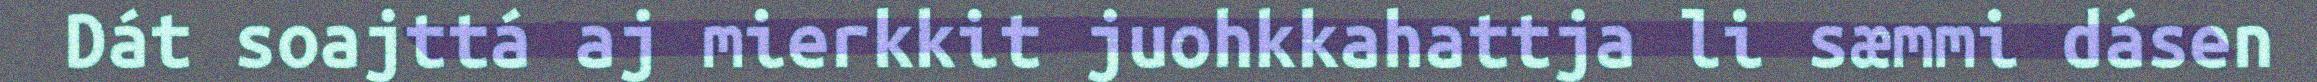
Dát soajttá aj mierkkit juohkkahattja li sæmmi dásen